Annual report on the working of the mental hospitals in the Madras Presidency - 1912-1932
Year: 1912
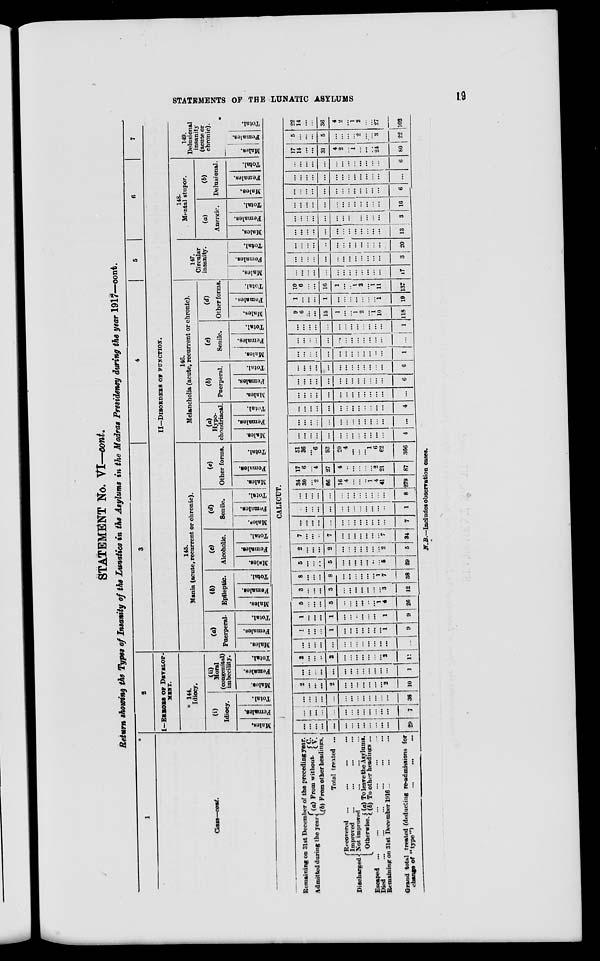
STATEMENTS OF THE LUNATIC ASYLUMS
19
STATEMENT No. VI—cont.
Return showing the Types of Insanity of the Lunatics in the Asylums in the Madras Presidency during the year 1917—cont.
1
Class—cont.
2
I—ERRORS OF DEVELOP-
MENT.
144.
Idiocy.
(i)
Idiocy.
Males.
Females.
Total.
(ii)
Moral
(congenital)
imbecility.
Males.
Females.
Total.
3
4
5
6
7
II—DISORDERS OF FUNCTION.
145.
Mania (acute, recurrent or chronic).
(a)
Puerperal.
Males.
Females.
Total.
(b)
Epileptic.
Males.
Females.
Total.
(c)
Alcoholic.
Males.
Females.
Total.
(d)
Senile.
Males.
Females.
Total.
(e)
Other forms.
Males.
Females.
Total.
146.
Melancholia (acute, recurrent or chronic).
(a)
Hypo-
chondriacal.
Males.
Females.
Total.
(b)
Puerperal.
Males.
Females.
Total.
(c)
Senile.
Males.
Females.
Total.
(d)
Other forms.
Males.
Females.
Total.
147.
Circular
insanity.
Males.
Females.
Total.
148.
Mental stupor.
(a)
Anergic.
Males.
Females.
Total.
(b)
Delusional.
Males.
Females.
Total.
149.
Delusional
insanity
(acute or
chronic).
Males.
Females.
Total.
CALICUT.
Remaining on 31st December of the preceding year.
Admitted during the year. (a) From
without. C. V.
(b) From other headings.
Total treated ...
Discharged.
Recovered ...
... ... ...
Improved
... ... ... ...
Not improved ... ... ...
Otherwise. (a) To leave the Asylums.
(b) To other headings ...
Escaped ... ... ... ... ... ...
Died ... ... ... ... ... ...
Remaining on 31st December 1916... ... ...
Grand total treated (deducting re-admissions for
change of "type")
...
...
...
...
...
...
...
...
...
...
...
...
...
...
...
...
29
...
...
...
...
...
...
...
...
...
...
...
...
...
7
...
...
...
...
...
...
...
...
...
...
...
...
...
36
2
...
...
...
2
...
...
...
...
...
...
...
2
10
...
...
...
...
...
...
...
...
...
...
...
...
...
1
2
...
...
...
2
...
...
...
...
...
...
...
2
11
...
...
...
...
...
...
...
...
...
...
...
...
...
...
1
...
...
...
1
...
...
...
...
...
...
...
1
9
1
...
...
...
1
...
...
...
...
...
...
...
1
9
5
...
...
...
5
...
...
...
...
...
...
1
4
26
3
...
...
...
3
...
...
...
...
...
...
...
3
12
8
...
...
...
8
...
...
...
...
...
...
1
7
38
5
...
...
...
5
...
...
...
...
...
...
...
5
29
2
...
...
...
2
...
...
...
...
...
...
...
2
5
7
...
...
...
7
...
...
...
...
...
...
...
7
34
...
...
...
...
...
...
...
...
...
...
...
...
...
7
...
...
...
...
...
...
...
...
...
...
...
...
...
1
...
...
...
...
...
...
...
...
...
...
...
...
...
8
34
30
...
2
66
16
4
...
...
...
1
4
41
279
17
6
...
4
27
4
...
...
...
...
...
2
21
87
51
36
...
6
93
20
4
...
...
...
1
6
62
366
...
...
...
...
...
...
...
...
...
...
...
...
...
4
...
...
...
...
...
...
...
...
...
...
...
...
...
...
...
...
...
...
...
...
...
...
...
...
...
...
...
4
...
...
...
...
...
...
...
...
...
...
...
...
...
...
...
...
...
...
...
...
...
...
...
...
...
...
...
6
...
...
...
...
...
...
...
...
...
...
...
...
...
6
...
...
...
...
...
...
...
...
...
...
...
...
...
1
...
...
...
...
...
...
...
...
...
...
...
...
...
...
...
...
...
...
...
...
...
...
...
...
...
...
...
1
9
6
...
...
15
1
...
...
1
2
...
1
10
118
1
...
...
...
1
...
...
...
...
...
...
...
1
19
10
6
...
...
16
1
...
...
1
2
...
1
11
137
...
...
...
...
...
...
...
...
...
...
...
...
...
17
...
...
...
...
...
...
...
...
...
...
...
...
...
3
...
...
...
...
...
...
...
...
...
...
...
...
...
20
...
...
...
...
...
...
...
...
...
...
...
...
...
13
...
...
...
...
...
...
...
...
...
...
...
...
...
3
...
...
...
...
...
...
...
...
...
...
...
...
...
16
...
...
...
...
...
...
...
...
...
...
...
...
...
6
...
...
...
...
...
...
...
...
...
...
...
...
...
...
...
...
...
...
...
...
...
...
...
...
...
...
...
6
17
14
...
...
31
4
2
...
1
...
...
...
24
80
5
...
...
...
5
...
...
...
...
2
...
...
3
22
22
14
...
...
36
4
2
...
1
2
...
...
27
102
N.B.—Includes observation cases.